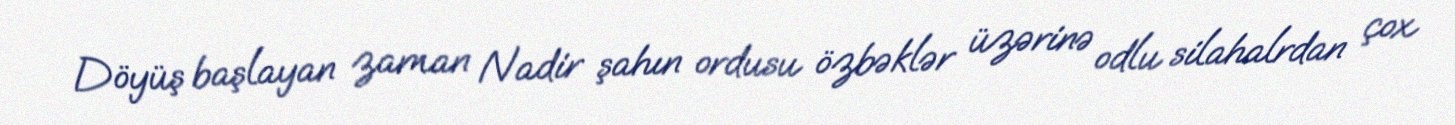
Döyüş başlayan zaman Nadir şahın ordusu özbəklər üzərinə odlu silahalrdan çox